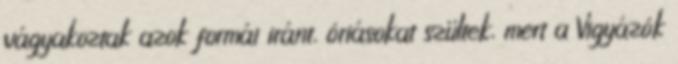
vágyakoztak azok formái iránt, óriásokat szültek, mert a Vigyázók